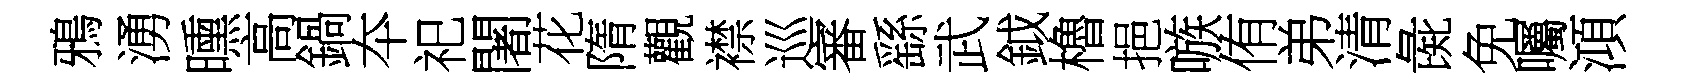
鴉湧曛高鍋夲祀闍花隋觀襟巡審繇武鉞櫓挹嗾侑弟清彘免囑澒